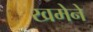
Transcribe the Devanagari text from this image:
खमेने